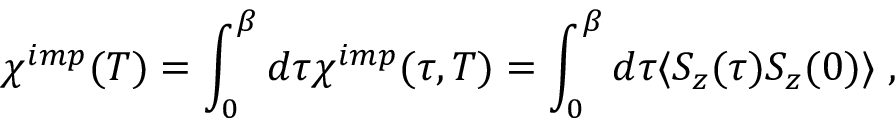
\chi ^ { i m p } ( T ) = \int _ { 0 } ^ { \beta } d \tau \chi ^ { i m p } ( \tau , T ) = \int _ { 0 } ^ { \beta } d \tau \langle S _ { z } ( \tau ) S _ { z } ( 0 ) \rangle \; ,